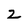
Character: z